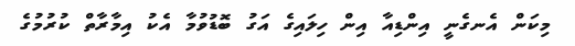
މިކަން އެނގެނީ އިންޑިއާ އިން ހިލައިގެ އަގު ބޮޑުވުމާ އެކު އިމާރާތް ކުރުމުގެ